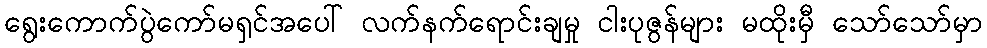
ရွေးကောက်ပွဲကော်မရှင်အပေါ် လက်နက်ရောင်းချမှု ငါးပုဇွန်များ မထိုးမှီ သော်သော်မှာ